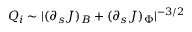
Q _ { i } \sim | ( \partial _ { s } J ) _ { B } + ( \partial _ { s } J ) _ { \Phi } | ^ { - 3 / 2 }